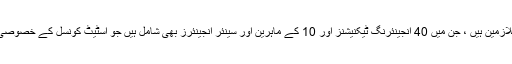
اس وقت اس میں 400 سے زیادہ ملازمین ہیں ، جن میں 40 انجینئرنگ ٹیکنیشنز اور 10 کے ماہرین اور سینئر انجینئرز بھی شامل ہیں جو اسٹیٹ کونسل کے خصوصی الاؤنس سے لطف اندوز ہوتے ہیں۔